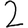
Digit: 2